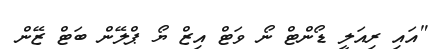
"އައި ރިއަލީ ޑޯންޓް ނޯ ވަޓް އިޒް ޔޯ ޕްލޭން ބަޓް ޒޭން